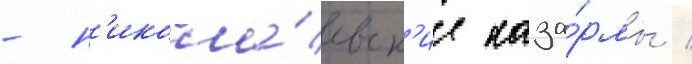
- н'икола́евск'ие каза́рмы /